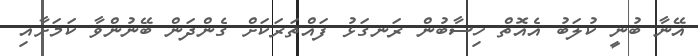
އޭނާ ބުނީ ކުލަބު އެއޮތް ހިސާބުން ރަނގަޅު ފައްތަރަކަށް ގެންދަން ބޭނުންވާ ކަމަށާއި